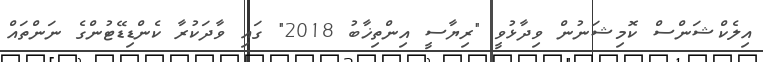
އިލެކްޝަންސް ކޮމިޝަނުން ވިދާޅުވީ "ރިޔާސީ އިންތިޚާބު 2018" ގައި ވާދަކުރާ ކެންޑިޑޭޓުންގެ ނަންތައް